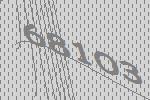
68103